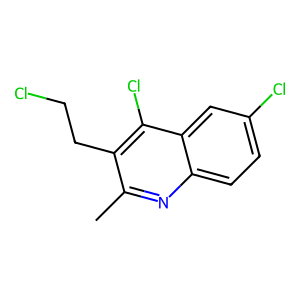
SMILES: Cc1nc2ccc(Cl)cc2c(Cl)c1CCCl
Inhibits HIV replication: No